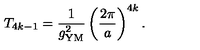
T _ { 4 k - 1 } = { \frac { 1 } { g _ { \mathrm { Y M } } ^ { 2 } } } \left( { \frac { 2 \pi } { a } } \right) ^ { 4 k } .